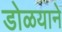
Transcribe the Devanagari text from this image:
डोळयाने